Indian Medical Review
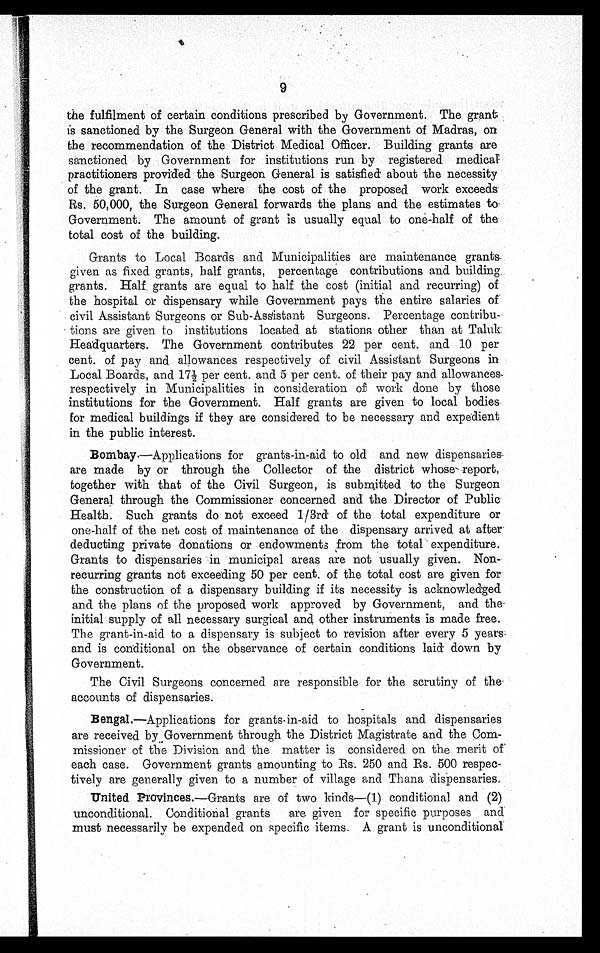
9
the fulfilment of certain conditions prescribed by Government. The grant
is sanctioned by the Surgeon General with the Government of Madras, on
the recommendation of the District Medical Officer. Building grants are
sanctioned by Government for institutions run by registered medical.
practitioners provided the Surgeon General is satisfied about the necessity
of the grant. In case where the cost of the proposed work exceeds
Rs. 50,000, the Surgeon General forwards the plans and the estimates to
Government. The amount of grant is usually equal to one-half of the
total cost of the building.
Grants to Local Boards and Municipalities are maintenance grants
given as fixed grants, half grants, percentage contributions and building
grants. Half grants are equal to half the cost (initial and recurring) of
the hospital or dispensary while Government pays the entire salaries of
civil Assistant Surgeons or Sub-Assistant Surgeons. Percentage contribu
- t i o n s a r e g i v e n t o i n s t i t u t i o n s l o c a t e d a t s t a t i o n s o t h e r t h a n a t T a l u k
Headquarters. The Government contributes 22 per cent. and 10 per
cent. of pay and allowances respectively of civil Assistant Surgeons in
Local Boards, and 17½ per cent. and 5 per cent. of their pay and allowances
respectively in Municipalities in consideration of work done by those
institutions for the Government. Half grants are given to local bodies
for medical buildings if they are considered to be necessary and expedient
in the public interest.
Bombay.—Applications for grants-in-aid to old and new dispensaries
are made by or through the Collector of the district whose report,
together with that of the Civil Surgeon, is submitted to the Surgeon
General through the Commissioner concerned and the Director of Public
Health. Such grants do not exceed 1/3rd of the total expenditure or
one-half of the net cost of maintenance of the dispensary arrived at after
deducting private donations or endowments from the total expenditure.
Grants to dispensaries in municipal areas are not usually given. Non
- r e c u r r i n g g r a n t s n o t e x c e e d i n g 5 0 p e r c e n t . o f t h e t o t a l c o s t a r e g i v e n f o r
the construction of a dispensary building if its necessity is acknowledged
and the plans of the proposed work approved by Government, and the
initial supply of all necessary surgical and other instruments is made free.
The grant-in-aid to a dispensary is subject to revision after every 5 years
and is conditional on the observance of certain conditions laid down by
Government.
The Civil Surgeons concerned are responsible for the scrutiny of the
accounts of dispensaries.
Bengal .—Applications for grants-in-aid to hospitals and dispensaries
are received by Government through the District Magistrate and the Com
- m i s s i o n e r o f t h e D i v i s i o n a n d t h e m a t t e r i s c o n s i d e r e d o n t h e m e r i t o f
each case. Government grants amounting to Rs. 250 and Rs. 500 respec
- t i v e l y a r e g e n e r a l l y g i v e n t o a n u m b e r o f v i l l a g e a n d T h a n a d i s p e n s a r i e s .
United Provinces.— Grants are of two kinds—(1) conditional and (2)
unconditional. Conditional. grants are given for specific purposes and
must necessarily be expended on specific items. A grant is unconditional